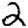
Digit: 2